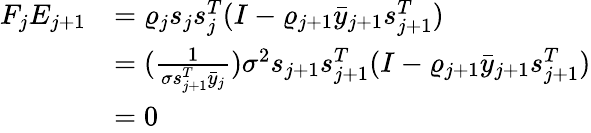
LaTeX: \begin{array}{rl}{F_{j}E_{j+1}}&{=\varrho_{j}{s_{j}s_{j}^{T}}(I-\varrho_{j+1}\bar{y}_{j+1}s_{j+1}^{T})}\\ &{=(\frac{1}{\sigma s_{j+1}^{T}\bar{y}_{j}})\sigma^{2}s_{j+1}s_{j+1}^{T}(I-\varrho_{j+1}\bar{y}_{j+1}s_{j+1}^{T})}\\ &{=0}\end{array}